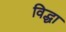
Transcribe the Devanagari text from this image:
विद्धा